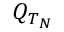
Q _ { T _ { N } }